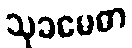
သုခမေဓာ